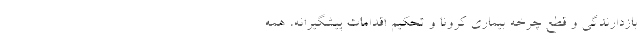
بازدارندگی و قطع چرخه بیماری کرونا و تحکیم اقدامات پیشگیرانه، همه